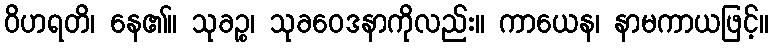
ဝိဟရတိ၊ နေ၏။ သုခဉ္စ၊ သုခဝေဒနာကိုလည်း။ ကာယေန၊ နာမကာယဖြင့်။